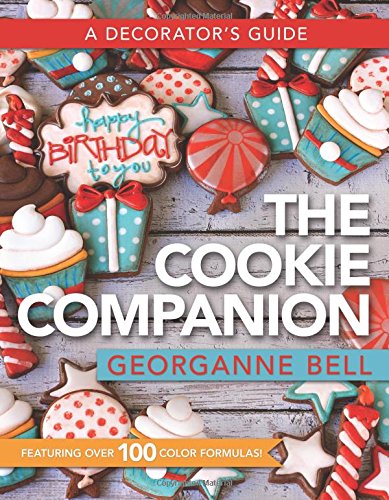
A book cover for The Cookie Companion: A Decorator's Guide; Georganne Bell; Cookbooks, Food & Wine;